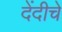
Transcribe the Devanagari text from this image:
देंदीचे